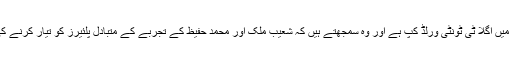
مصباح کے ذہن میں اگلا ٹی ٹونٹی ورلڈ کپ ہے اور وہ سمجھتے ہیں کہ شعیب ملک اور محمد حفیظ کے تجربے کے متبادل پلئیرز کو تیار کرنے کی ضرورت ہے۔